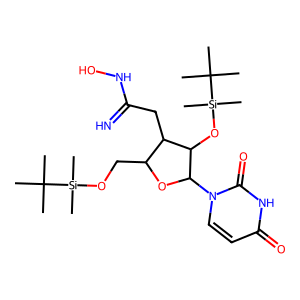
SMILES: CC(C)(C)[Si](C)(C)OCC1OC(n2ccc(=O)[nH]c2=O)C(O[Si](C)(C)C(C)(C)C)C1CC(=N)NO
Inhibits HIV replication: No